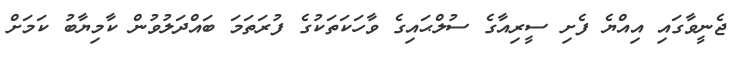
ޖެނީވާގައި އިއްޔެ ފެށި ސީރިއާގެ ސުލްޙައިގެ ވާހަކަތަކުގެ ފުރަތަމަ ބައްދަލުވުން ކާމިޔާބު ކަމަށް